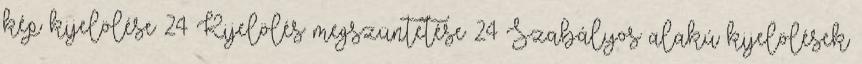
kép kijelölése 24 Kijelölés megszüntetése 24 Szabályos alakú kijelölések